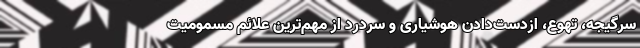
سرگیجه، تهوع، از‌دست‌دادن هوشیاری و سردرد از مهم‌ترین علائم مسمومیت